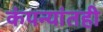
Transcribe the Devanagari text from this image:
कंपन्यांतही